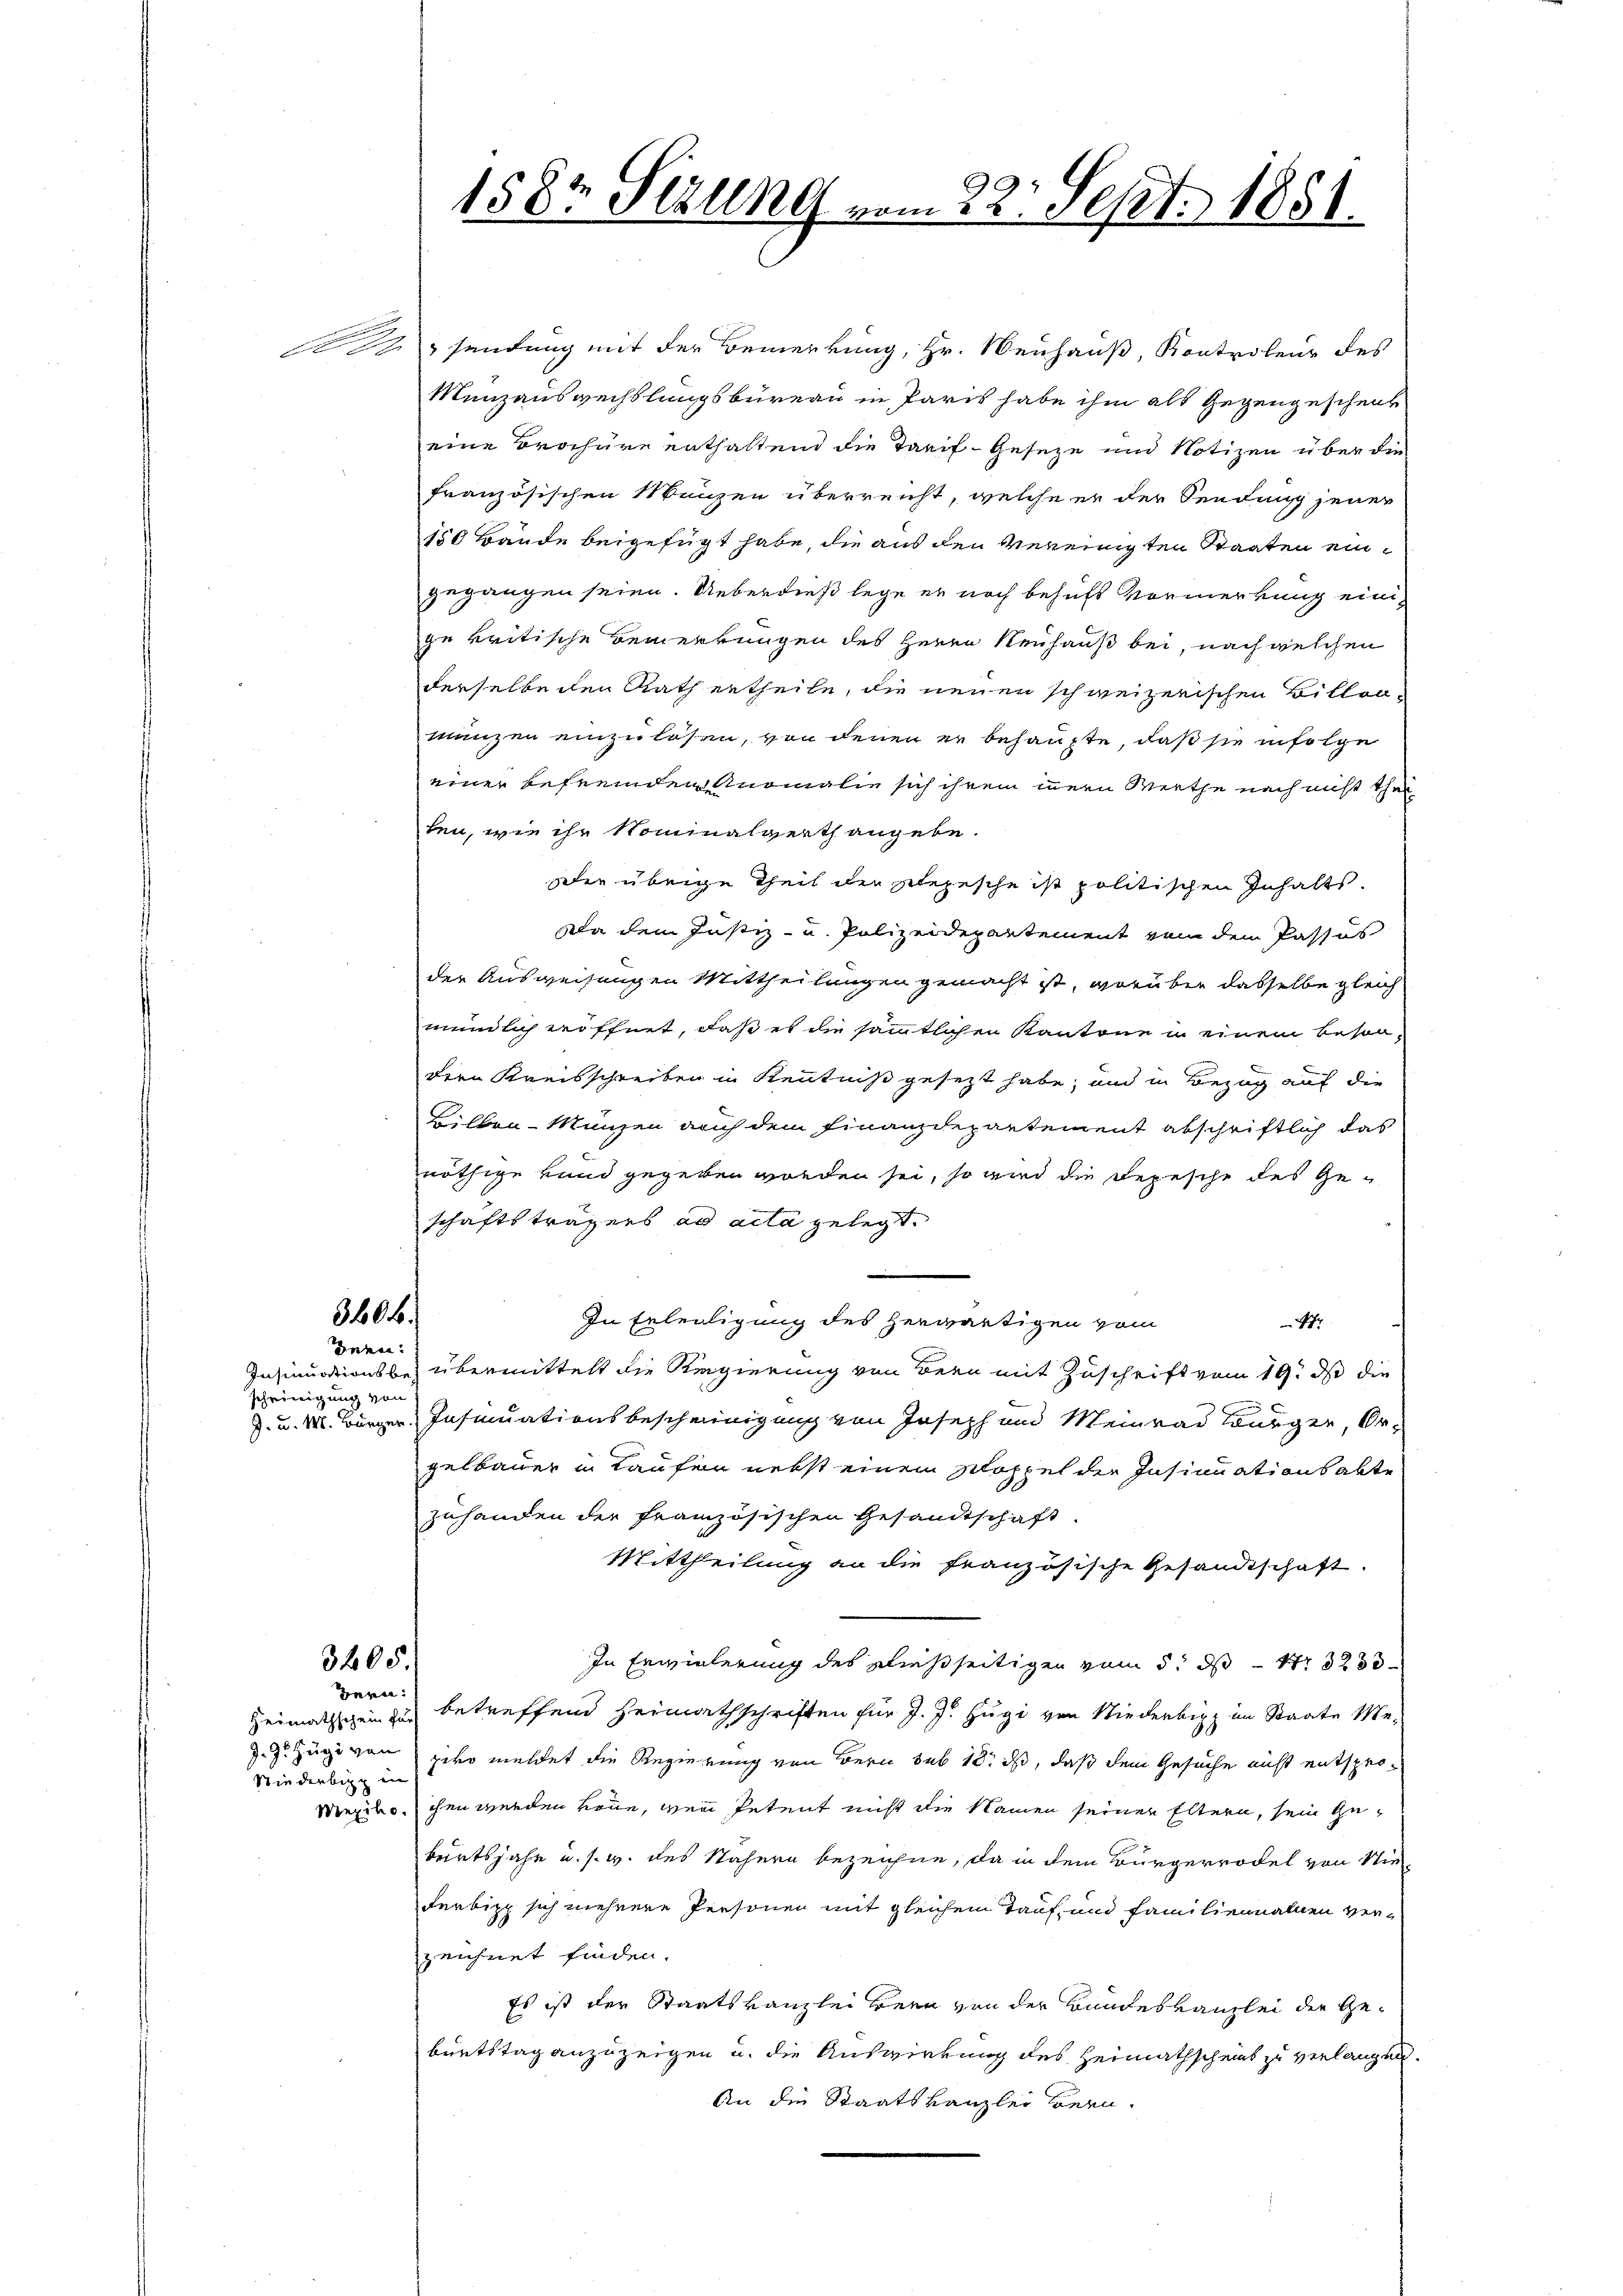
3406.

denen
Insinuations bescheinigung von

3405.
Hern:

Stiederbegg in

Asendung mit der Bemerkung, Hr. Neuhauß, Kontroleur des
Menzauswechslungsbüreau in Paris habe ihm als Gegengeschenk
eine Brochüre enthaltend die Tarif- Geseze und Notizen über die
französischen Münzen überreicht, welche er der Sendung jener
150 Bände beigefügt habe, die aus den vereinigten Staaten eingegangen seien. Ueberdieß lege er noch behufs Vormerkung einige kritische Bemerkungen des Herrn Neuhaus bei, nach welchen
derselbe den Rath ertheile, die neuen schweizerischen Billen-
manzen einzulösen, von denen er behaupte, daß sie infolge
einer befremden Anomalie sich ihrem innern Werthe nach nicht thei
ten, wie ihr Nominalgerth angebe.
er übrige Theil der Depesche ist politischen Inhalts
Da dem Justiz- u. Polizeidepartement von dem Passus
der Ausweisungen Mittheilungen gemacht ist, vorüber dasselbe gleich
mündlich eröffnet, daß es die sämmtlichen Kantone in einem besondern Kreisschreiben in Kenntniß gesezt habe, und in Bezug auf die
Silben Münzen auch dem Finanzdepartement abschriftlich das
nöthige Hand gegeben worden sei, so wird die Depesche des Ge-
schaftsträgers ad acta gelegt.
In Erteiligung des herwärtigen vom
47
übermittelt die Regierung von Bern mit Zuschrift vom 19. ds die
J. u. M. Bürger Insinuationsbescheinigung von Joseph und Meinrad Bürger, Orgelbauer in Kaufen nebst einem Schoppel der Insinuationsabte
zuhanden der französischen Gesandtschaft.
Mittheilung an die französische Gesandtschaft.
In Erwiederung des dießseitigen vom 5. ds Nr. 323
Heimathschein zu betreffend Heimathschriften für J. J. Hugi von Niederbin im Staate Me¬
Z. Z. Zägi von zwo meldet die Regierung von Bern sub 18. ds, daß dem Gesuche nicht entspro¬
Mexiko, ihn werden köne, wenn Petent nicht die Namen seiner Eltern, sein Gebertsjahr u. s. w. des Nähern bezeichne, da in dem Bürgerrodel von Nie¬
Ferbis sich mehrere Personen mit gleichem Tauf- und Familiennalien verzeichnet finden.
Es ist der Staatskanzlei Bern von der Bundeskanzlei der Geburtstag anzuzeigen u. die Auswirkung des Heimathscheint zu verlangen.
An die Staatskanzlei Bern.

8
1582 Sizung vom 22. Sept. 1851.